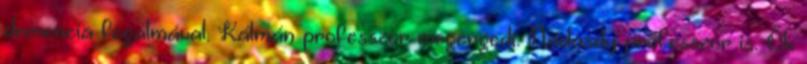
demencia fogalmával. Kálmán professzor megengedi. Nádasdy professzor is. Ők